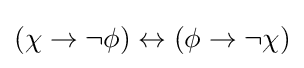
(\chi \to \neg \phi )\leftrightarrow (\phi \to \neg \chi )